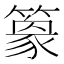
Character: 𥴎